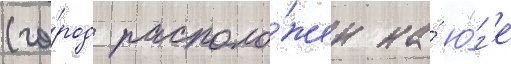
(го́род располо́жен на́ ю́г'е